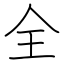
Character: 全